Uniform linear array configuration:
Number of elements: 64
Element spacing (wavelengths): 0.25
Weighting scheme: blackman
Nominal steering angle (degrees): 30
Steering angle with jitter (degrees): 29.851
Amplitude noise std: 0.05
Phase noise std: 0.05

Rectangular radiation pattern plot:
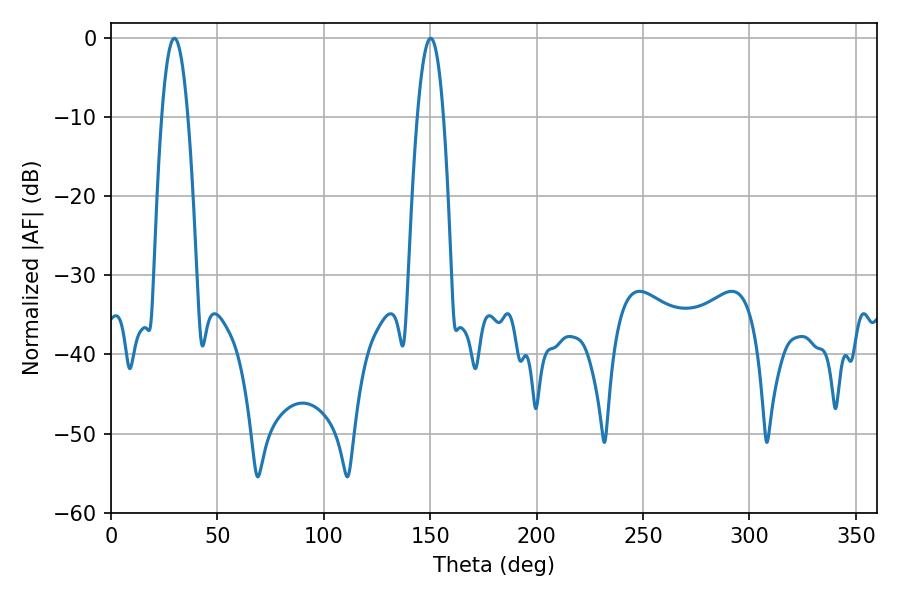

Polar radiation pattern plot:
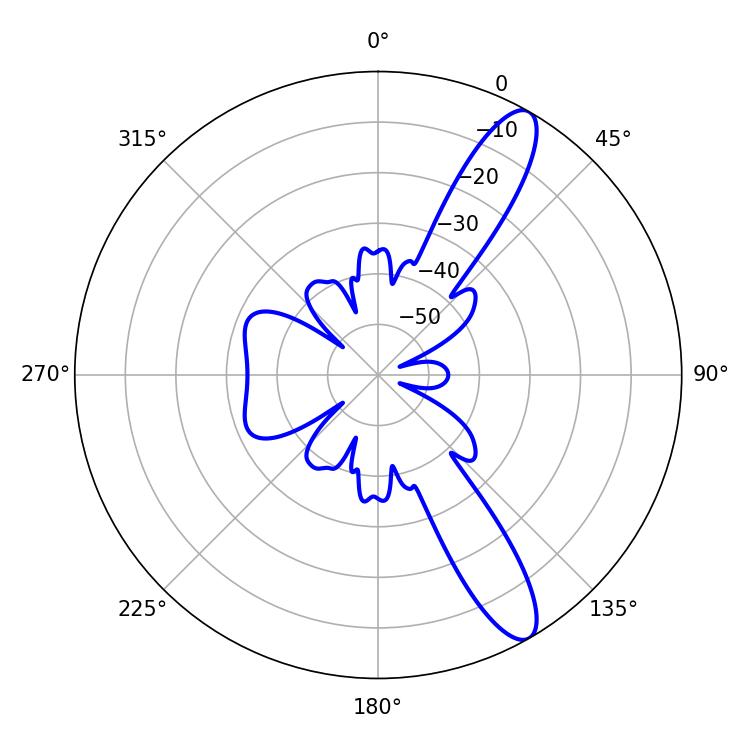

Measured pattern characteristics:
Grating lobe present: FALSE
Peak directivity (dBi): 11.999
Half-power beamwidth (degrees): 6.84
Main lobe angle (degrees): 29.88